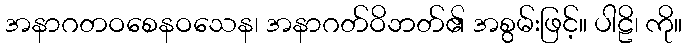
အနာဂတဝစေနဝသေန၊ အနာဂတ်ဝိဘတ်၏ အစွမ်းဖြင့်။ ပါဠိ၊ ကို။